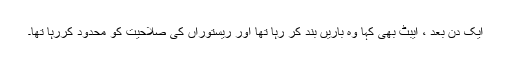
ایک دن بعد ، ایبٹ بھی کہا وہ باریں بند کر رہا تھا اور ریستوراں کی صلاحیت کو محدود کررہا تھا۔